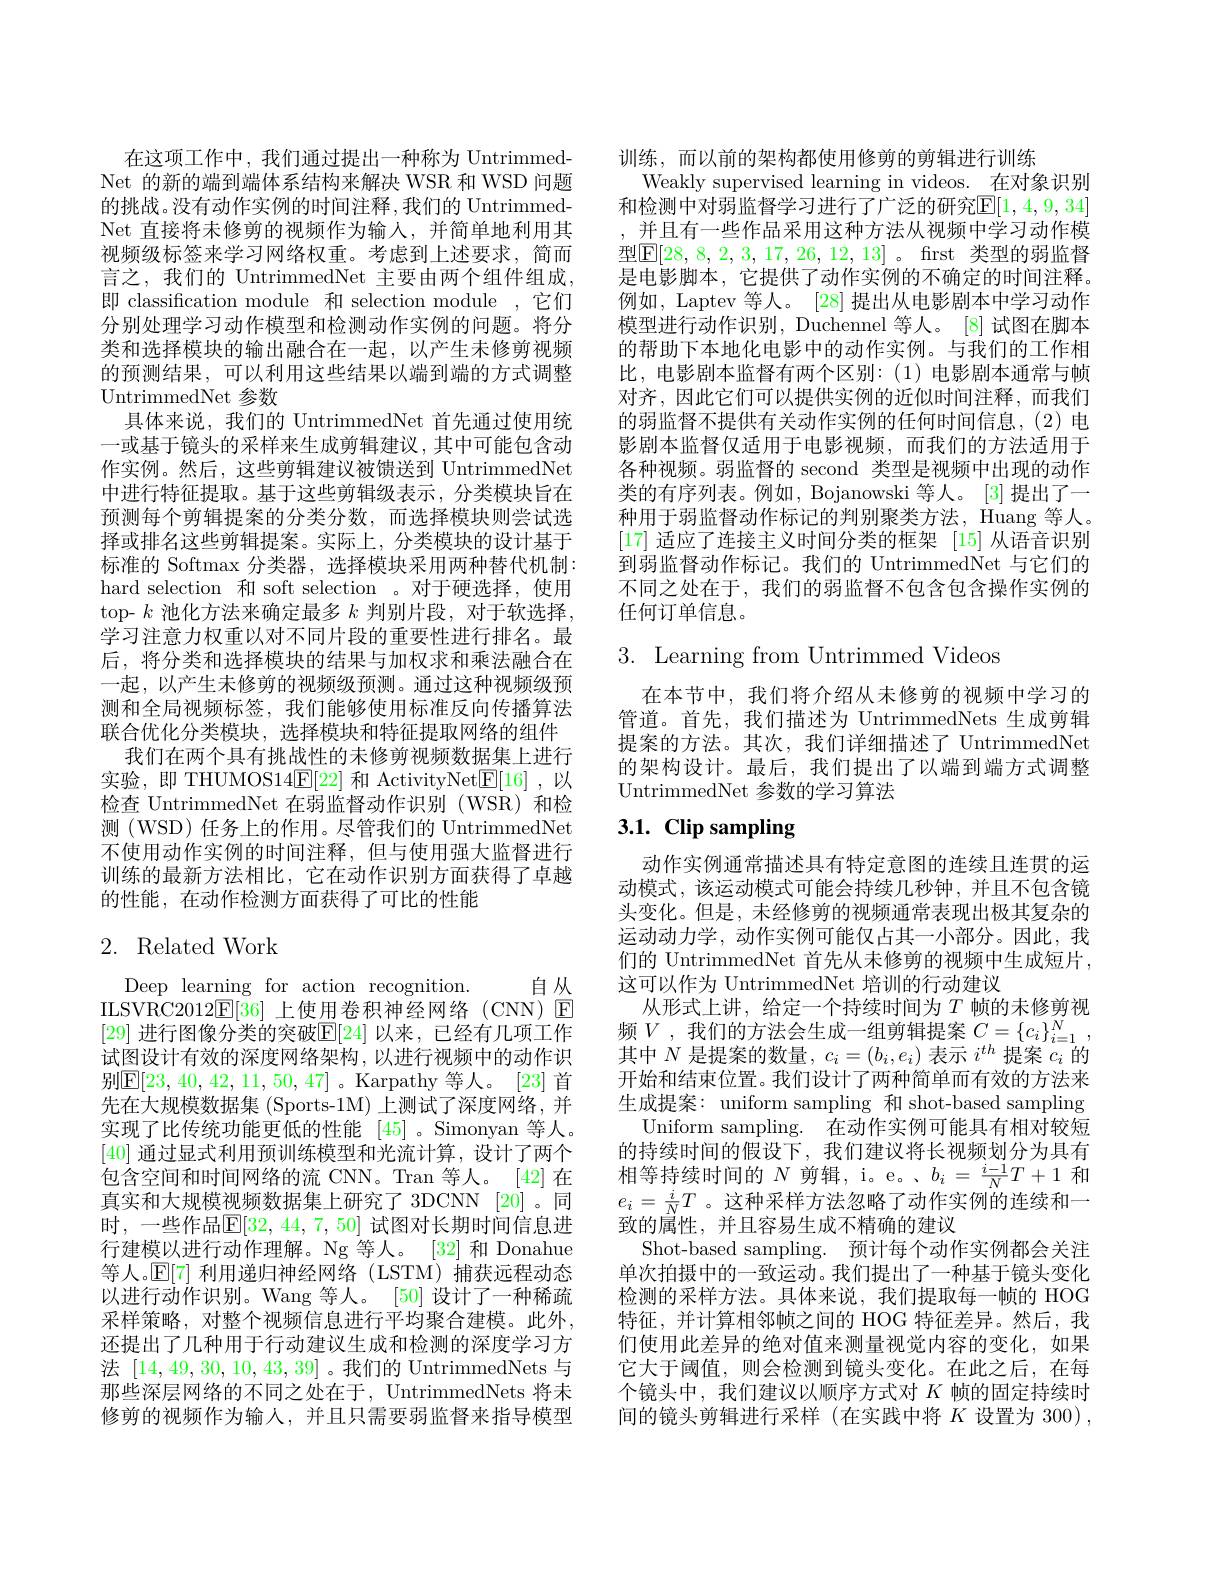
在这项工作中，我们通过提出一种称为 UntrimmedNet 的新的端到端体系结构来解决 WSR 和 WSD 问题的挑战。没有动作实例的时间注释，我们的 UntrimmedNet 直接将未修剪的视频作为输入，并简单地利用其视频级标签来学习网络权重。考虑到上述要求，简而言之，我们的 UntrimmedNet 主要由两个组件组成， 即 classification module 和 selection module ,它们分别处理学习动作模型和检测动作实例的问题。将分类和选择模块的输出融合在一起，以产生未修剪视频的预测结果，可以利用这些结果以端到端的方式调整UntrimmedNet 参数
具体来说，我们的 UntrimmedNet 首先通过使用统一或基于镜头的采样来生成剪辑建议，其中可能包含动作实例。然后，这些剪辑建议被馈送到 UntrimmedNet 中进行特征提取。基于这些剪辑级表示，分类模块旨在预测每个剪辑提案的分类分数，而选择模块则尝试选择或排名这些剪辑提案。实际上，分类模块的设计基于标准的 Softmax 分类器，选择模块采用两种替代机制： hard selection 和 soft selection 。对于硬选择，使用top- $k$池化方法来确定最多$k$判别片段，对于软选择， 学习注意力权重以对不同片段的重要性进行排名。最后，将分类和选择模块的结果与加权求和乘法融合在一起，以产生未修剪的视频级预测。通过这种视频级预测和全局视频标签，我们能够使用标准反向传播算法联合优化分类模块，选择模块和特征提取网络的组件
我们在两个具有挑战性的未修剪视频数据集上进行实验，即 THUMOS14$\underline{\mathrm{E}}[22]$和 ActivityNet$\underline{\mathrm{E}}[16]$ ,以检查 UntrimmedNet 在弱监督动作识别(WSR)和检测(WSD) 任务上的作用。尽管我们的 UntrimmedNet 不使用动作实例的时间注释，但与使用强大监督进行训练的最新方法相比，它在动作识别方面获得了卓越的性能，在动作检测方面获得了可比的性能

# 2. Related Work

自从
Deep learning for action recognition.
ILSVRC2012$\mathbb{E}[36]$上使用卷积神经网络(CNN) E [29] 进行图像分类的突破$\mathbb{E}[24]$ 以来，已经有几项工作试图设计有效的深度网络架构，以进行视频中的动作识别$\mathbb{E}[23,40,42,11,50,47]$。Karpathy 等人。[23] 首先在大规模数据集 (Sports-1M)上测试了深度网络，并实现了比传统功能更低的性能 [45]。Simonyan 等人。[40]通过显式利用预训练模型和光流计算，设计了两个包含空间和时间网络的流 CNN。Tran 等人。[42] 在真实和大规模视频数据集上研究了 3DCNN [20]。同时，一些作品$\mathbb{E}[32,44,7,50]$ 试图对长期时间信息进行建模以进行动作理解。Ng 等人。[32] 和 Donahue 等人。$\mathbb{E}[7]$利用递归神经网络(LSTM)捕获远程动态以进行动作识别。Wang 等人。[50]设计了一种稀疏采样策略，对整个视频信息进行平均聚合建模。此外， 还提出了几种用于行动建议生成和检测的深度学习方法[14,49,30,10,43,39] 。我们的 UntrimmedNets 与那些深层网络的不同之处在于，UntrimmedNets 将未修剪的视频作为输入，并且只需要弱监督来指导模型

训练，而以前的架构都使用修剪的剪辑进行训练
Weakly supervised learning in videos. 在对象识别和检测中对弱监督学习进行了广泛的研究$\mathbb{E}[1,4,9,34]$ ,并且有一些作品采用这种方法从视频中学习动作模型$\boxed{\mathrm{F}}[28,8,2,3,17,26,12,13]$。frst 类型的弱监督是电影脚本，它提供了动作实例的不确定的时间注释。例如，Laptev 等人。[28] 提出从电影剧本中学习动作模型进行动作识别，Duchennel 等人。[8] 试图在脚本的帮助下本地化电影中的动作实例。与我们的工作相比，电影剧本监督有两个区别：(1)电影剧本通常与帧对齐，因此它们可以提供实例的近似时间注释，而我们的弱监督不提供有关动作实例的任何时间信息，(2)电影剧本监督仅适用于电影视频，而我们的方法适用于各种视频。弱监督的 second 类型是视频中出现的动作类的有序列表。例如，Bojanowski 等人。[3]提出了一种用于弱监督动作标记的判别聚类方法，Huang 等人。[17]适应了连接主义时间分类的框架[15]从语音识别到弱监督动作标记。我们的 UntrimmedNet 与它们的不同之处在于，我们的弱监督不包含包含操作实例的任何订单信息。

3. Learning from Untrimmed Videos

在本节中，我们将介绍从未修剪的视频中学习的管道。首先，我们描述为 UntrimmedNets 生成剪辑提案的方法。其次，我们详细描述了 UntrimmedNet 的架构设计。最后，我们提出了以端到端方式调整UntrimmedNet 参数的学习算法

# 3.1. Clip sampling

动作实例通常描述具有特定意图的连续且连贯的运动模式，该运动模式可能会持续几秒钟，并且不包含镜头变化。但是，未经修剪的视频通常表现出极其复杂的运动动力学，动作实例可能仅占其一小部分。因此，我们的 UntrimmedNet 首先从未修剪的视频中生成短片， 这可以作为 UntrimmedNet 培训的行动建议
$\begin{aligned}\text{从形式上讲，给定一个持续时间为 }T\text{ 帧的未修剪视}\\\text{频 }V,\text{ 我们的方法会生成一组剪辑提案 }C=\{c_{i}\}_{i=1}^{N},\\\text{中 }N\text{ 目抽存的数是}\end{aligned}$ 其中$N$是提案的数量$,c_i=(b_i,e_i)$表示$i^th$提案$c_i$的开始和结束位置。我们设计了两种简单而有效的方法来生成提案：uniform sampling 和 shot-based sampling
Uniform sampling. 在动作实例可能具有相对较短的持续时间的假设下，我们建议将长视频划分为具有相等持续时间的$N$剪辑，i。e。、$b_i=\frac{i-1}NT+1$和$e_i=\frac{i}{N}T$ 。这种采样方法忽略了动作实例的连续和一致的属性，并且容易生成不精确的建议
Shot-based sampling. 预计每个动作实例都会关注单次拍摄中的一致运动。我们提出了一种基于镜头变化检测的采样方法。具体来说，我们提取每一帧的 HOG 特征，并计算相邻帧之间的 HOG 特征差异。然后，我们使用此差异的绝对值来测量视觉内容的变化，如果它大于阈值，则会检测到镜头变化。在此之后，在每个镜头中，我们建议以顺序方式对$K$帧的固定持续时间的镜头剪辑进行采样(在实践中将$K$设置为 300),